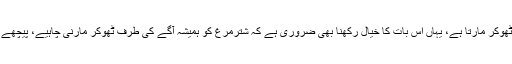
دوڑ کے دوران شترمرغ کو تیز دوڑانے کیلئے جوکی اس کے پروں کو چھیڑتا ہے یا سامنے کی طرف ٹھوکر مارتا ہے، یہاں اس بات کا خیال رکھنا بھی ضروری ہے کہ شترمرغ کو ہمیشہ آگے کی طرف ٹھوکر مارنی چاہیے، پیچھے کی طرف ٹھوکر مارنے سے اس میں اشتعال پیدا ہوتا ہے اور نتیجتاً وہ اپنے سوار کو نیچے گرا دیتا ہے۔